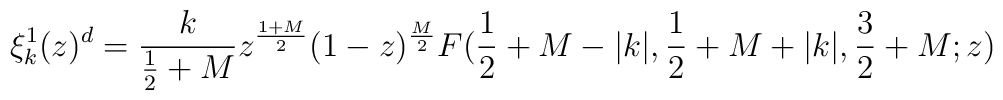
\xi^1_k(z)^d=\frac{k}{\frac{1}{2}+M}z^{\frac{1+M}{2}}(1-z)^{\frac{M}{2}}F(\frac{1}{2}+M-|k|,\frac{1}{2}+M+|k|,\frac{3}{2}+M;z)